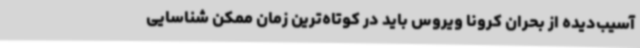
آسیب‌دیده از بحران کرونا ویروس باید در کوتاه‌ترین زمان ممکن شناسایی